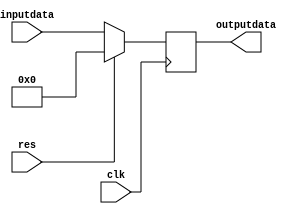
// This program was cloned from: https://github.com/weenslab/fpga101
// License: MIT License

`timescale 1ns / 1ps
//////////////////////////////////////////////////////////////////////////////////
// Company: Kyushu Institute of Technology
// 
// Design Name:    Neural Network (using backpropagation)
// Module Name:    delay1 
// Project Name:   LSI Design Contest in Okinawa 2018
// Target Devices: 
// Tool versions: 
//
//	Description:
//		1 clock delay of 1 input and 1 output
// 
// Input:(i=1,2,3 , j=1,2)
//		clk			: 1 bit
//		reset 		: 1 bit : high active
//		inputdata	: 16 bits 00_0000.0000_0000_00 unsigned : input data
// Output:
//		output		: 16 bits 00_0000.0000_0000_00 unsigned : output data
//
//	Dependencies: 
// 
// Revision: 
// Revision 0.01 - File Created
// Additional Comments: 
//
//////////////////////////////////////////////////////////////////////////////////
module delay1(
    input clk,
	 input res,
    input [15:0] inputdata,
    output [15:0] outputdata
    );

	reg [15:0] out;
	
	always@(posedge clk)
	begin
		if(res== 1)
		out =0;
		else
		out = inputdata;
	end
	assign outputdata = out;
endmodule